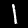
Digit: 1